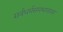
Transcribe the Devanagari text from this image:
सर्वधर्मसमभावावर